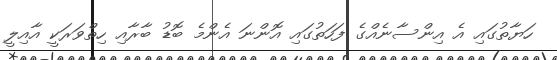
ހަޔާތުގައި އެ އިންސާނެއްގެ ފަހަތުގައި އޮންނަ އެންމެ ބޮޑު ބާރާއި ހިތްވަރަކީ އާއިލީ